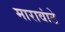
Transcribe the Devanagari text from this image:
मारावांठे